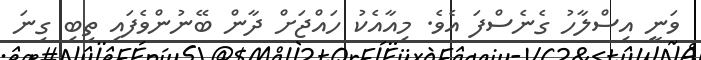
ވަނީ އިސްލާހު ގެނެސްފަ އެވެ. މިއާއެކު ހައްޖަށް ދާން ބޭނުންވެފައި ތިބި ގިނަ